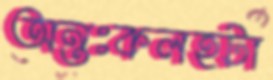
অন্তঃকলহটা